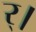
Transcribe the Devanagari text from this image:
र्।